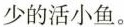
少的活小鱼。